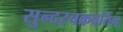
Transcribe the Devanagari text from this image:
सुन्दरचक्रवर्तिन्